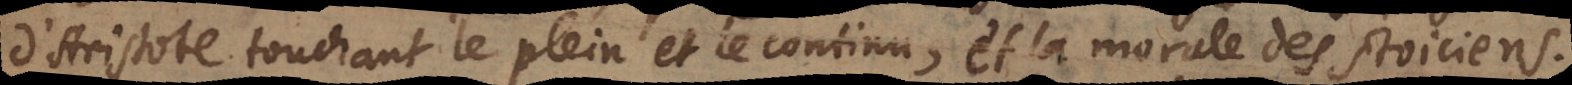
d’Aristote touchant le plein et le continu, et la morale des Stoiciens.